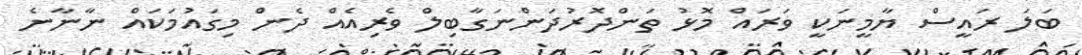
ބަލަ ރައީސް ޔާމީނަކީ ވަރައް މޮޅު ތަންދޮރުދަންނަގާބިލް ވެރިއެއް ދެން މިގައުމަކައް ނާނާނެ